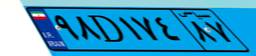
۹۸D۱۷۴۸۷